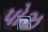
પોઝ